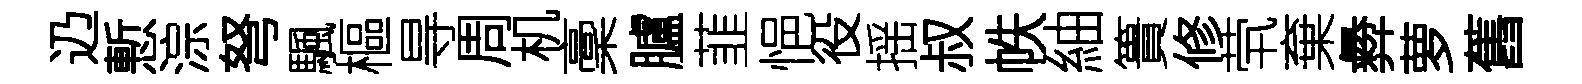
辸慙淙弩颿樞㝵周机稾臚韮悒役揺叔帙紬簣修茕棄彜萝舊